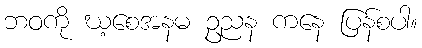
ဘဝကို ဃ့စေအနမ ဥညန ကနေ ပြန်စပါ။